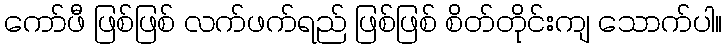
ကော်ဖီ ဖြစ်ဖြစ် လက်ဖက်ရည် ဖြစ်ဖြစ် စိတ်တိုင်းကျ သောက်ပါ။